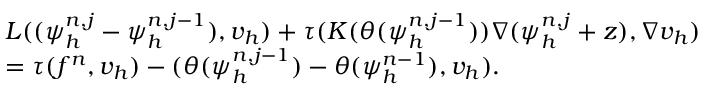
\begin{array} { r l } & { L ( ( \psi _ { h } ^ { n , j } - \psi _ { h } ^ { n , j - 1 } ) , v _ { h } ) + \tau ( K ( \theta ( \psi _ { h } ^ { n , j - 1 } ) ) \nabla ( \psi _ { h } ^ { n , j } + z ) , \nabla v _ { h } ) } \\ & { = \tau ( f ^ { n } , v _ { h } ) - ( \theta ( \psi _ { h } ^ { n , j - 1 } ) - \theta ( \psi _ { h } ^ { n - 1 } ) , v _ { h } ) . } \end{array}